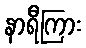
နာရီကြား